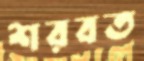
শরবত